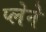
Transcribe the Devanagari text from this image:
प्लेने